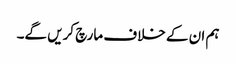
ہم ان کے خلاف مارچ کریں گے۔